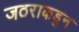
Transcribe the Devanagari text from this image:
जठराकडून